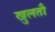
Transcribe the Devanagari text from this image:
खुलतौ